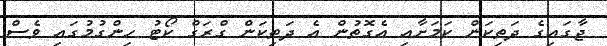
ޖާގައިގެ ދަތިކަން ކަމަށާއި އެގޮތުން އެ ދަތިކަން ގްރަގް ކޯޓު ހިންގުމުގައި ވެސް